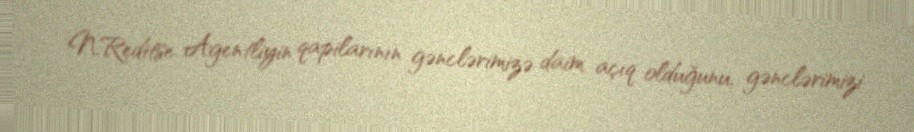
N.Reditse Agentliyin qapilarının gənclərimizə daim açıq olduğunu, gənclərimizi